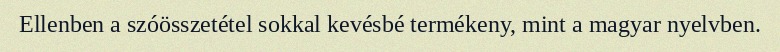
Ellenben a szóösszetétel sokkal kevésbé termékeny, mint a magyar nyelvben.